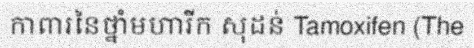
កាពារនៃថ្នាំមហារីក សុដន់ Tamoxifen (The